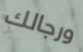
ورجالك